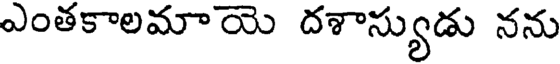
ఎంతకాలమాయె దశాస్యుడు నను